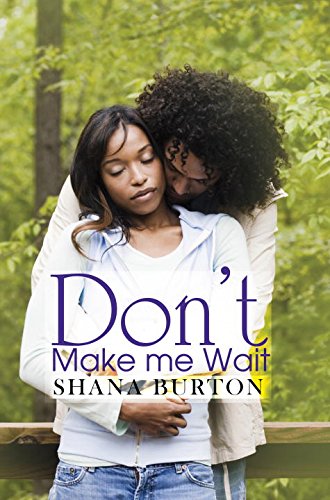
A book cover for Don't Make Me Wait (Urban Books); Shana Burton; Literature & Fiction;